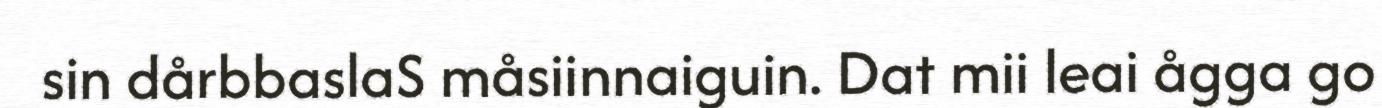
sin dårbbaslaS måsiinnaiguin. Dat mii leai ågga go